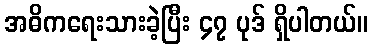
အဓိကရေးသားခဲ့ပြီး ၄၇ ပုဒ် ရှိပါတယ်။